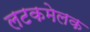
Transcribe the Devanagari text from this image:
लटकमेलक